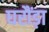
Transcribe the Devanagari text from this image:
घरौंड़ा